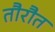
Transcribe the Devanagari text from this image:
तौरौत